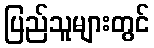
ပြည်သူများတွင်